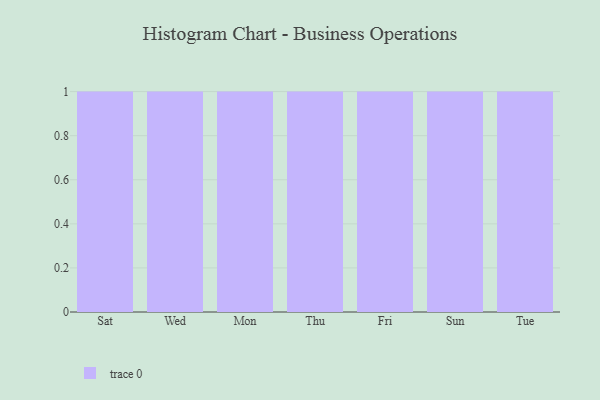
{"axis": {"x": "Day", "y": "Active Users"}, "legend": [""], "data": [{"x": "Sat", "y": 17, "type": ""}, {"x": "Wed", "y": 36, "type": ""}, {"x": "Mon", "y": 5, "type": ""}, {"x": "Thu", "y": 91, "type": ""}, {"x": "Fri", "y": 15, "type": ""}, {"x": "Sun", "y": 89, "type": ""}, {"x": "Tue", "y": 53, "type": ""}]}